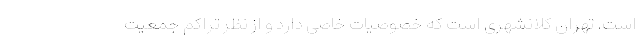
است. تهران کلانشهری است که خصوصیات خاصی دارد و از نظر تراکم جمعیت